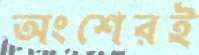
অংশেরই